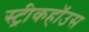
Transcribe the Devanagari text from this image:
स्ट्रीकहॉउस